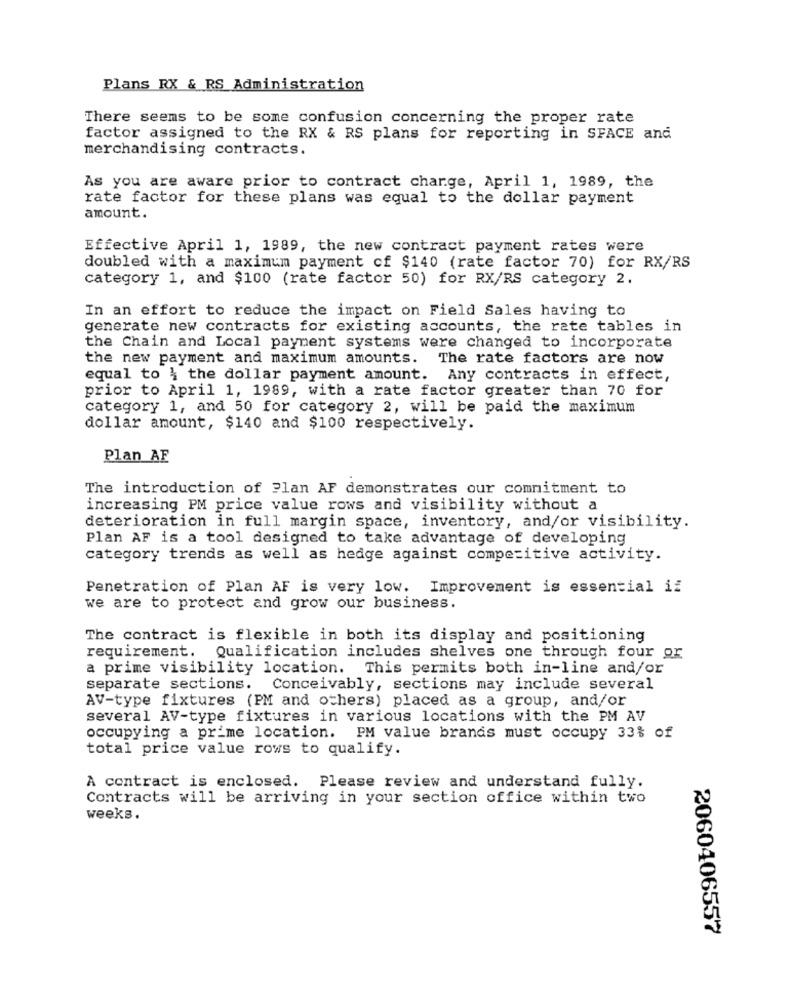
Plans RX & RS Administration
There seems to be some confusion concerning the proper rate
factor assigned to the RX & RS plans for reporting in SFACE and
merchandising contracts.
As you are aware prior to contract charge, April 1, 1989, the
rate factor for these plans was equal to the dollar payment
amount.
Effective April 1, 1989, the new contract payment rates were
doubled with a maximum payment of $140 (rate factor 70) for RX/RS
category 1, and $100 (rate factor 50) for RX/RS category 2.
In an effort to reduce the impact on Field Sales having to
generate new contracts for existing accounts, the rate tables in
the Chain and Local payment systems were changed to incorporate
the new payment and maximum amounts. The rate factors are now
equal to \ the dollar payment amount. Any contracts in effect,
prior to April 1, 1989, with a rate factor greater than 70 for
category 1, and 50 for category 2, will be paid the maximum
dollar amount, $140 and $100 respectively.
Plan AF
The introduction of Plan AF demonstrates our commitment to
increasing PM price value rows and visibility without a
deterioration in full margin space, inventory, and/or visibility.
Plan AF is a tool designed to take advantage of developing
category trends as well as hedge against competitive activity.
Penetration of Plan AF is very low. Improvement is essential if
we are to protect and grow our business.
The contract is flexible in both its display and positioning
requirement.
Qualification includes shelves one through four or
a prime visibility location.
This permits both in-line and/or
separate sections.
Conceivably, sections may include several
AV-type fixtures (PM and others) placed as a group, and/or
several AV-type fixtures in various locations with the PM AV
occupying a prime location.
PM value brands must occupy 33% of
total price value rows to qualify.
A contract is enclosed. Please review and understand fully.
Contracts will be arriving in your section office within two
weeks.
2060406557